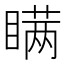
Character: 瞒